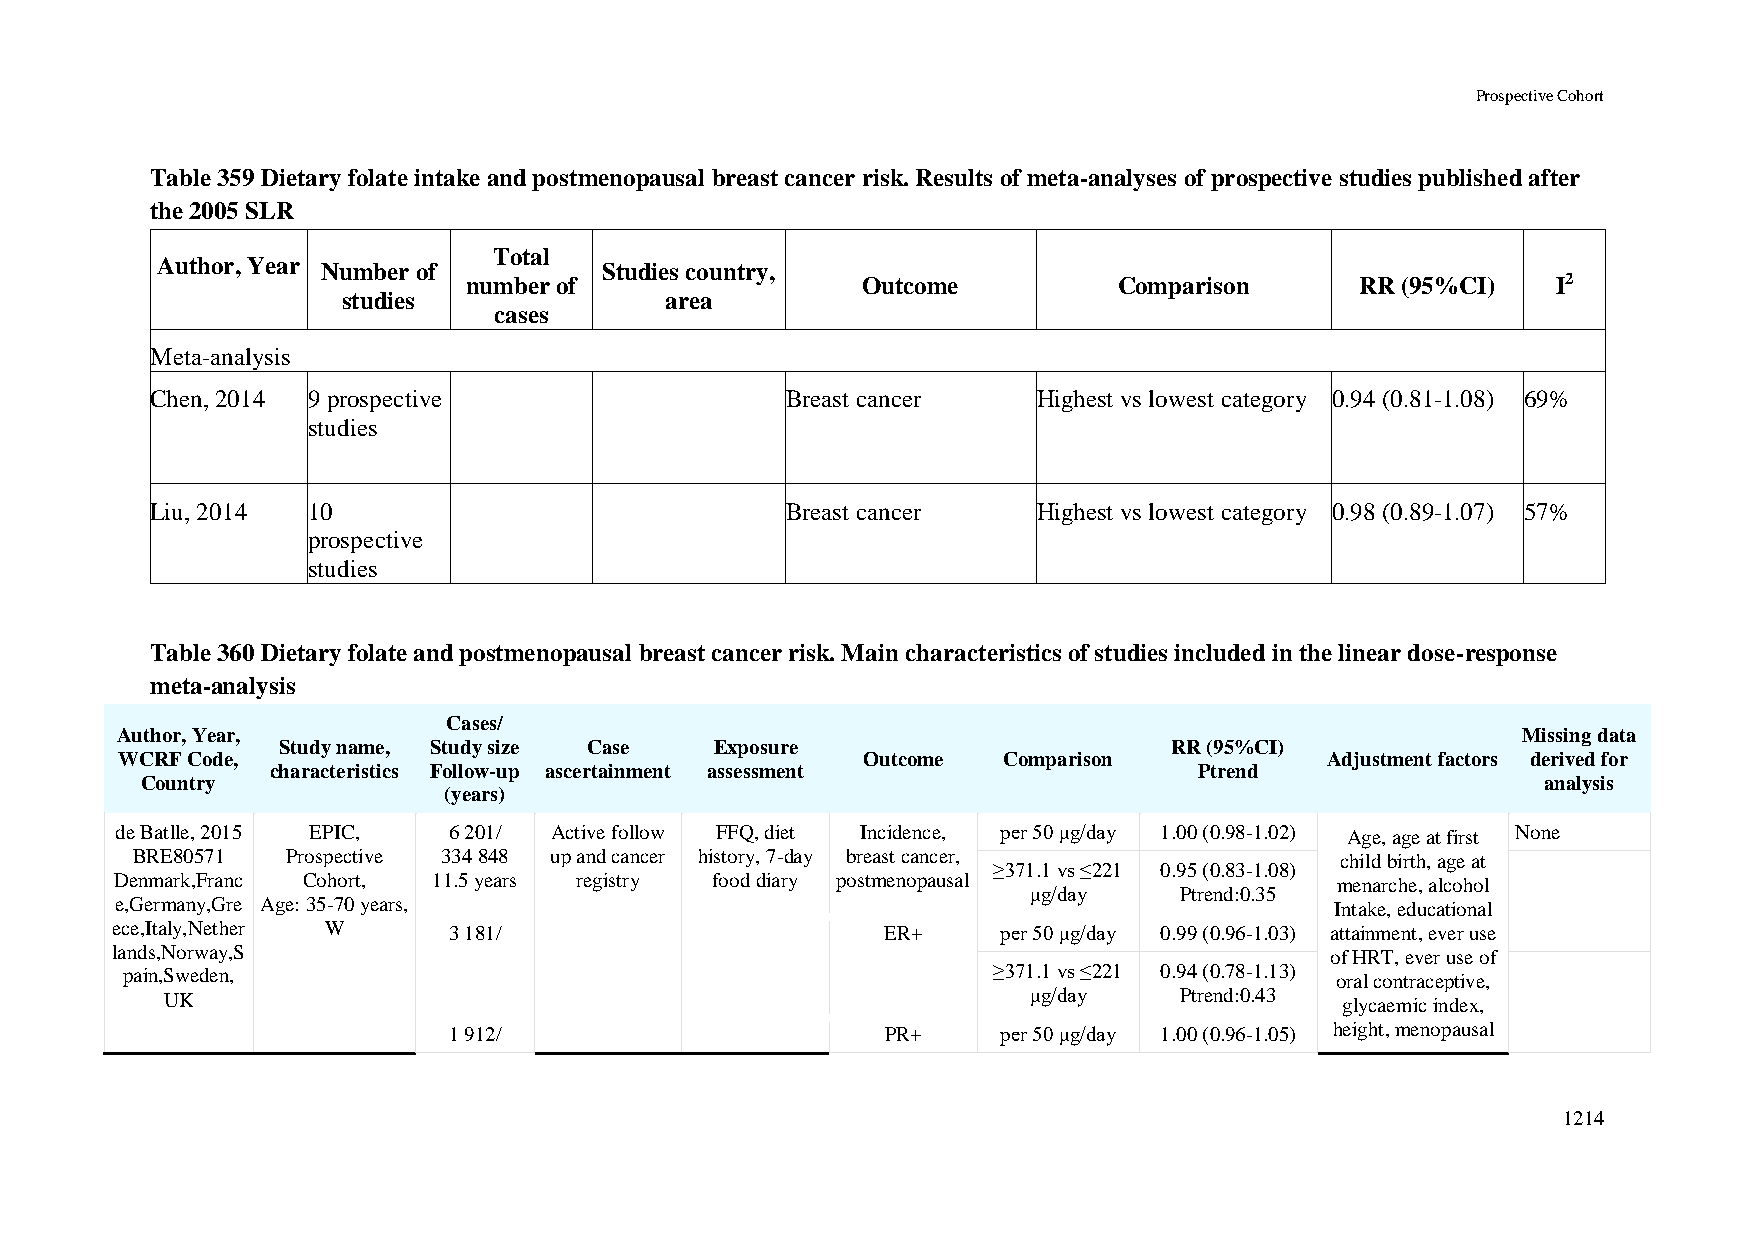
Prospective Cohort
 Table 359 Dietary folate intake and postmenopausal breast cancer risk. Results of meta-analyses of prospective studies published after
 the 2005 SLR
 Total
 Author, Year Number of        Studies country,
 number of                 Outcome          Comparison      RR (95%CI)   I2
 studies              area
 cases
 Meta-analysis
 Chen, 2014 9 prospective                  Breast cancer    Highest vs lowest category 0.94 (0.81-1.08) 69%
 studies
 Liu, 2014 10                              Breast cancer    Highest vs lowest category 0.98 (0.89-1.07) 57%
 prospective
 studies
 Table 360 Dietary folate and postmenopausal breast cancer risk. Main characteristics of studies included in the linear dose-response
 meta-analysis
 Cases/
 Author, Year,                                                                                Missing data
 Study name, Study size Case  Exposure                       RR (95%CI)
 WCRF Code,                                       Outcome  Comparison            Adjustment factors derived for
 characteristics Follow-up ascertainment assessment           Ptrend
 Country                                                                                      analysis
 (years)
 de Batlle, 2015 EPIC, 6 201/ Active follow FFQ, diet Incidence, per 50 μg/day 1.00 (0.98-1.02) Age, age at first None
 BRE80571  Prospective 334 848 up and cancer history, 7-day breast cancer,       child birth, age at
 ≥371.1 vs ≤221 0.95 (0.83-1.08)
 Denmark,Franc Cohort, 11.5 years registry food diary postmenopausal              menarche, alcohol
 μg/day    Ptrend:0.35
 e,Germany,Gre Age: 35-70 years,                                                 Intake, educational
 ece,Italy,Nether W     3 181/                       ER+    per 50 μg/day 0.99 (0.96-1.03) attainment, ever use
 lands,Norway,S                                                                   of HRT, ever use of
 pain,Sweden,                                              ≥371.1 vs ≤221 0.94 (0.78-1.13) oral contraceptive,
 UK                                                       μg/day    Ptrend:0.43 glycaemic index,
 1 912/                       PR+    per 50 μg/day 1.00 (0.96-1.05) height, menopausal
 1214